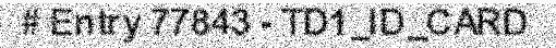
# Entry 77843 - TD1_ID_CARD